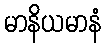
မာနိယမာနံ